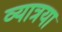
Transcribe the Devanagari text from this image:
व्यात्रया